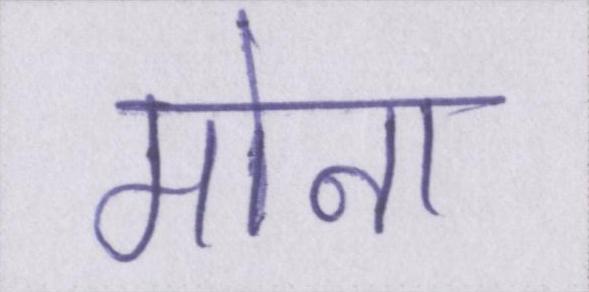
मोना